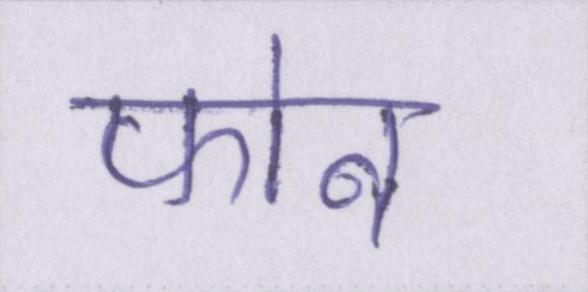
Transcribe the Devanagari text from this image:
फोन